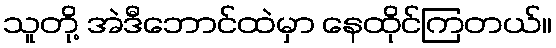
သူတို့ အဲဒီဘောင်ထဲမှာ နေထိုင်ကြတယ်။